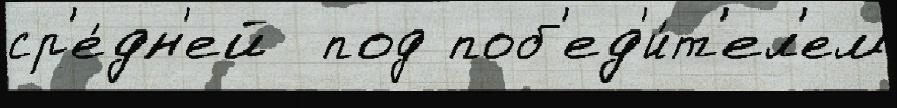
ср'е́дн'ей  под поб'ед'и́т'ел'ем